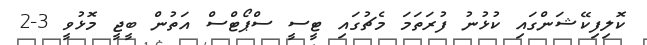
ކޮލިފިކޭޝަންގައި ކުޅުނު ފުރަތަމަ މެޗުގައި ޓީސީ ސްޕޯޓްސް އަތުން ބީޖީ މޮޅުވީ 3-2